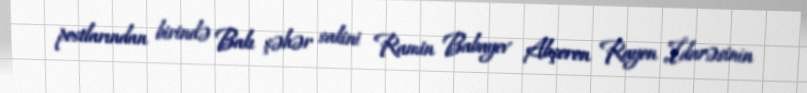
postlarından birində Bakı şəhər sakini Ramin Babayev Abşeron Rayon İdarəsinin